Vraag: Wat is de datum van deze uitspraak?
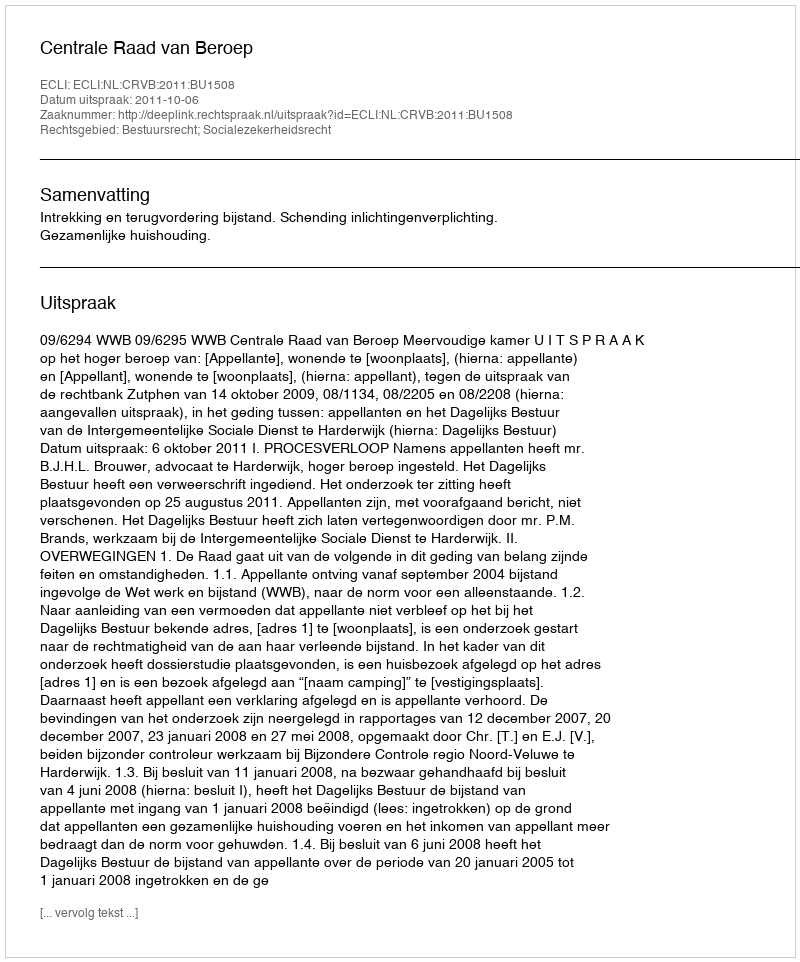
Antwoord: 2011-10-06